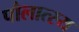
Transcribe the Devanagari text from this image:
पौलात्स्य